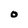
Character: 0